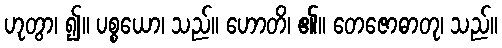
ဟုတွာ၊ ၍။ ပစ္စယော၊ သည်။ ဟောတိ၊ ၏။ တေဇောဓာတု၊ သည်။